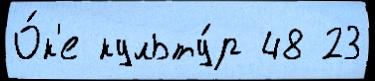
О́к'е культу́р 48 23